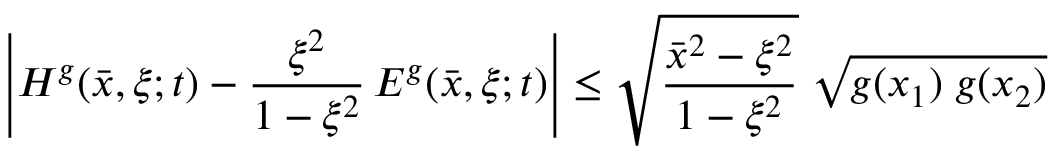
\left| H ^ { g } ( \bar { x } , \xi ; t ) - \frac { \xi ^ { 2 } } { 1 - \xi ^ { 2 } } \, E ^ { g } ( \bar { x } , \xi ; t ) \right| \leq \sqrt { \frac { \bar { x } ^ { 2 } - \xi ^ { 2 } } { 1 - \xi ^ { 2 } } } \; \sqrt { g ( x _ { 1 } ) \; g ( x _ { 2 } ) }